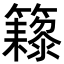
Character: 𬖁